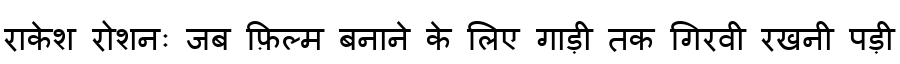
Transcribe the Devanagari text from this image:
राकेश रोशनः जब फ़िल्म बनाने के लिए गाड़ी तक गिरवी रखनी पड़ी